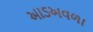
આડઅવળા